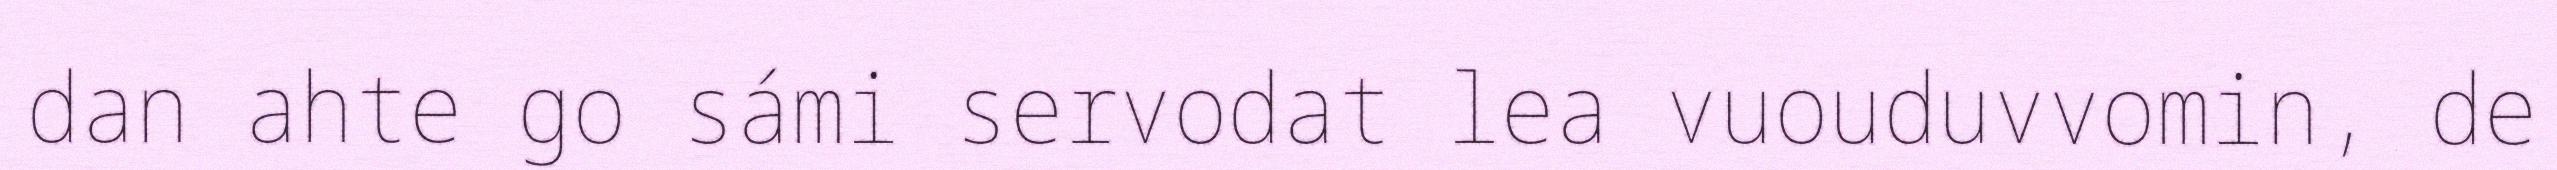
dan ahte go sámi servodat lea vuouduvvomin, de